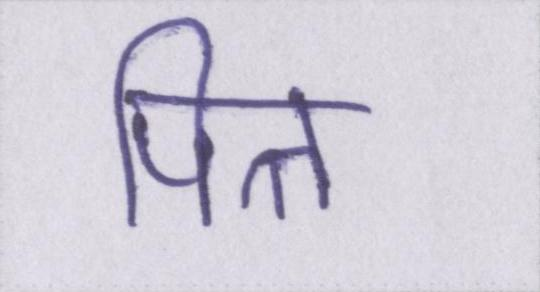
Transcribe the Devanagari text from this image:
पित्त